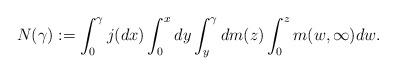
LaTeX: \begin{align*}N(\gamma) := \int_{0}^{\gamma}j(dx)\int_{0}^{x}dy\int_{y}^{\gamma}dm(z)\int_{0}^{z}m(w,\infty)dw. \end{align*}